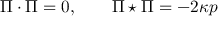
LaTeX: \Pi \cdot \Pi = 0 , \qquad \Pi \star \Pi = - 2 \kappa p